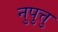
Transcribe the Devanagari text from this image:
नुपुत्तु